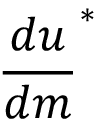
\frac { d u } { d m } ^ { * }